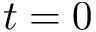
t = 0